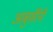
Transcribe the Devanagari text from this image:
आबुखैरेनी